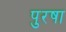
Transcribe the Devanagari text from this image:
पुरषा